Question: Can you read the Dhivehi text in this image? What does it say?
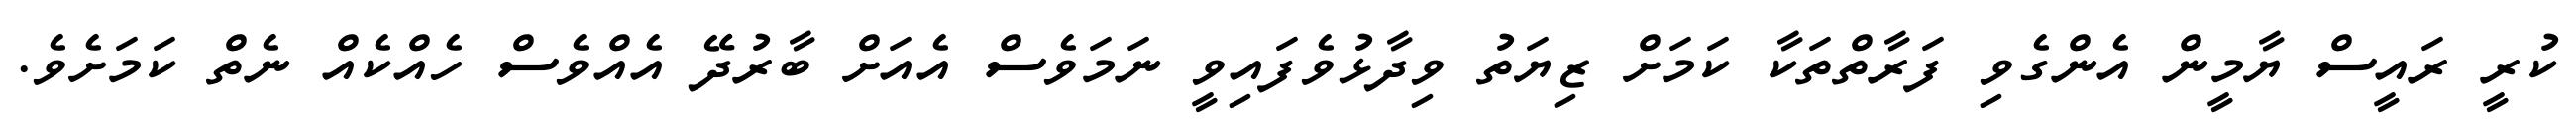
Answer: ކުރީ ރައީސް ޔާމީން އެންގެވި ފަރާތްތަކާ ކަމަށް ޒިޔަތު ވިދާޅުވެފައިވީ ނަމަވެސް އެއަށް ބާރުދޭ އެއްވެސް ހެއްކެއް ނެތް ކަމަށެވެ.